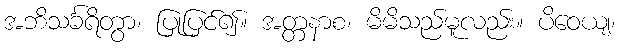
အဘိသင်္ခရိတွာ၊ ပြုပြင်၍။ အတ္တနာစ၊ မိမိသည်မူလည်း။ ပိဝေယျ၊